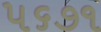
૫૬૭૧